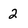
Character: 2